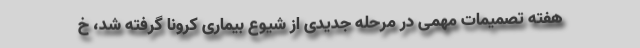
هفته تصمیمات مهمی در مرحله جدیدی از شیوع بیماری کرونا گرفته شد، خ